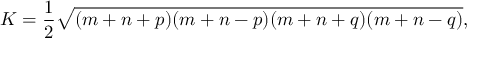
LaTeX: K = { \frac { 1 } { 2 } } { \sqrt { ( m + n + p ) ( m + n - p ) ( m + n + q ) ( m + n - q ) } } ,